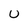
Character: U